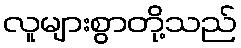
လူများစွာတို့သည်